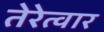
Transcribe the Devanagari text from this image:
तेरेत्वार